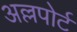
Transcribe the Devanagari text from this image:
अल्लपोर्ट